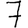
Digit: 7